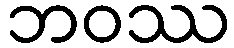
ဘဝဿ